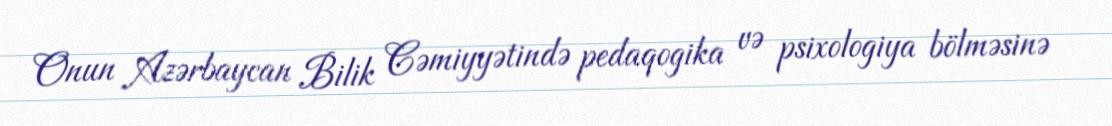
Onun Azərbaycan Bilik Cəmiyyətində pedaqogika və psixologiya bölməsinə